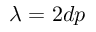
\lambda = 2 d p